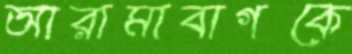
আরামাবাগকে